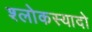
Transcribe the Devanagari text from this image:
श्लोकस्यादो